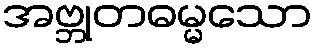
အဗ္ဘုတဓမ္မသော